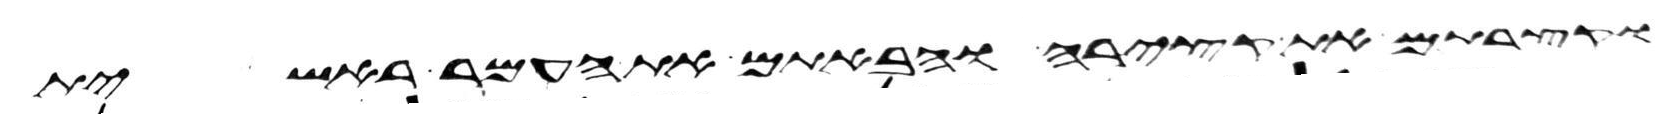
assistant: וקצרתם את קצירה והבאתם את העמר ראשית